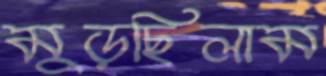
মুড়ছিলাম